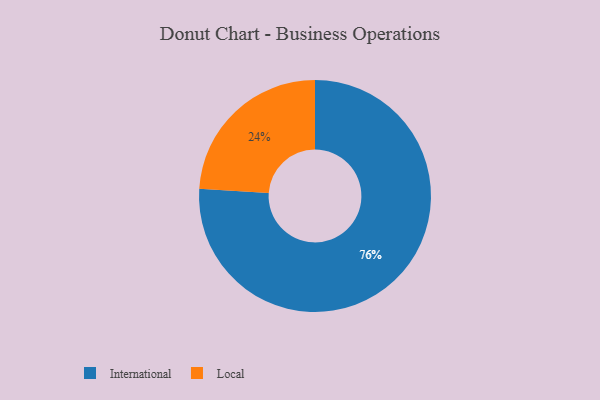
{"axis": {"x": "Category", "y": "Percentage"}, "legend": ["International", "Local"], "data": [{"x": "Local", "y": 24, "type": "Local"}, {"x": "International", "y": 76, "type": "International"}]}